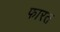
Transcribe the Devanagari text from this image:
फारत